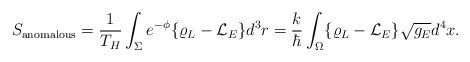
LaTeX: \begin{align*}S_{\rm anomalous}= {1\over T_H} \int_\Sigma e^{-\phi} \{ \varrho_L - {\cal L}_E \} d^3r= {k\over\hbar} \int_\Omega \{ \varrho_L - {\cal L}_E \} \sqrt{g_E} d^4x.\end{align*}